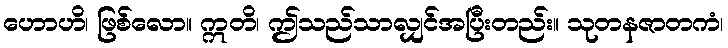
ဟောဟိ၊ ဖြစ်လော။ ဣတိ၊ ဤသည်သာလျှင်အပြီးတည်း။ သုတနဇာတကံ၊